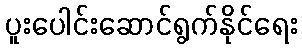
ပူးပေါင်းဆောင်ရွက်နိုင်ရေး